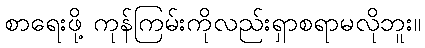
စာရေးဖို့ ကုန်ကြမ်းကိုလည်းရှာစရာမလိုဘူး။